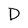
Character: D